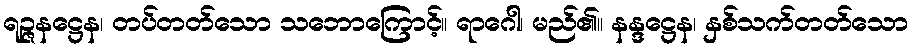
ရဉ္ဇနဋ္ဌေန၊ တပ်တတ်သော သဘောကြောင့်။ ရာဂေါ၊ မည်၏။ နန္ဒဋ္ဌေန၊ နှစ်သက်တတ်သော